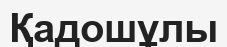
Қадошұлы